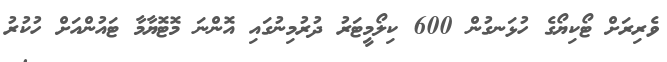
ވެރިރަށް ޓޯކިޔޯގެ ހުޅަނގުން 600 ކިލޯމީޓަރު ދުރުމިނުގައި އޮންނަ މޮޓޮޔާމާ ޓައުންއަށް ހުކުރު